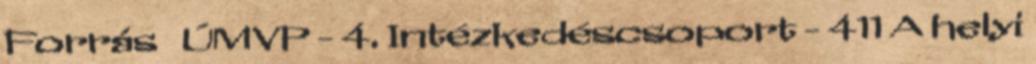
Forrás ▪ÚMVP - 4. Intézkedéscsoport - 411 A helyi